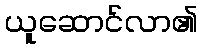
ယူဆောင်လာ၏